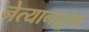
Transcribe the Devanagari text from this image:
नेत्यानाहूला